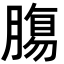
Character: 𮌷